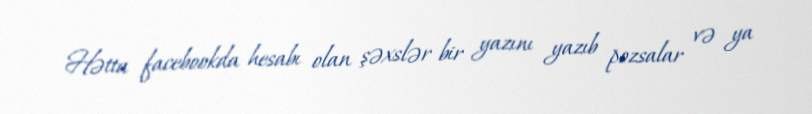
Hətta facebookda hesabı olan şəxslər bir yazını yazıb pozsalar və ya